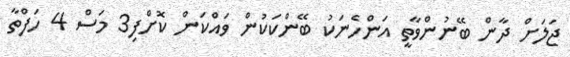
ޖަލަށް ދާން ބޭނުންވާތީ އަންހެނަކު ބޭންކަކުން ވައްކަން ކޮށްފި3 މަސް 4 ހަފްތާ